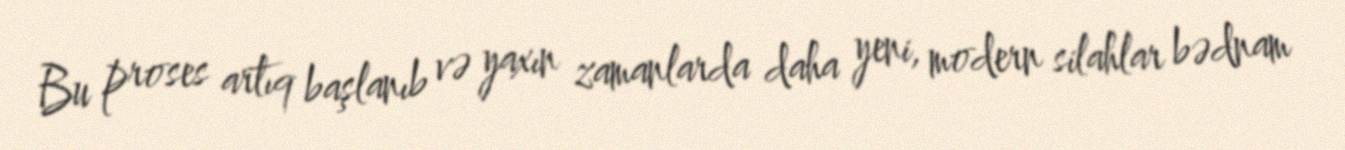
Bu proses artıq başlanıb və yaxın zamanlarda daha yeni, modern silahlar bədnam